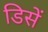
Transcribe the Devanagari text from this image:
डिसें